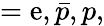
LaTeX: =\mathrm{e},\bar{{p}},p,